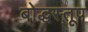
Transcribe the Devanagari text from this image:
बोद्धस्तूप